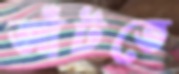
আঁটতে